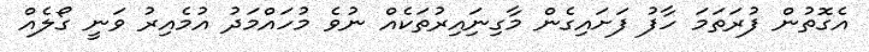
އެގޮތުން ފުރަތަމަ ހާފު ފަށައިގެން މާގިނަިއިރުތަކެއް ނުވެ މުހައްމަދު އުމެއިރު ވަނީ ގޯލެއް